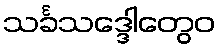
သင်္ခသဒ္ဒေါတွေဝ